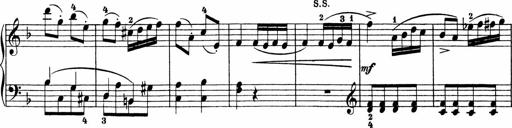
Title: Sonatinen Op.47, 98 und 136, nebst 6 Liedersonatinen
Composer: Carl Reinecke